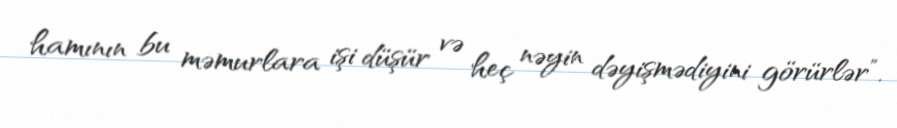
hamının bu məmurlara işi düşür və heç nəyin dəyişmədiyini görürlər”.